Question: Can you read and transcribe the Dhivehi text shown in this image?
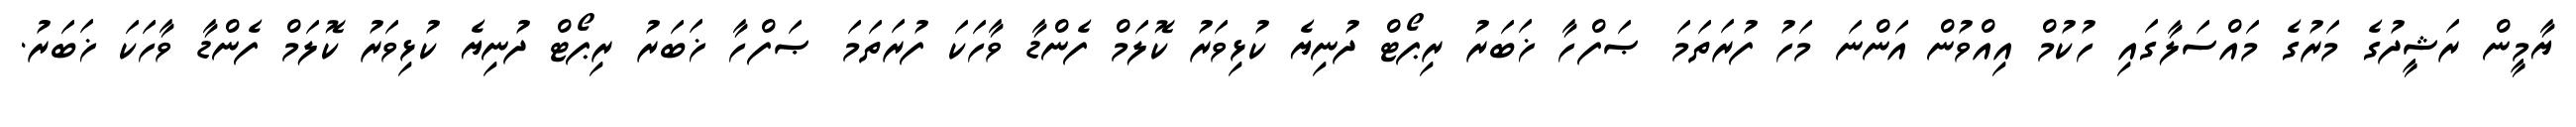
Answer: ޔާމީން ރަޝީދުގެ މަރުގެ މައްސަލާގައި ހުކުމް އިއްވުން އަންނަ މަހު ފުރަތަމަ ޞަފްހާ ޚަބަރު ރިޕޯޓް ދުނިޔެ ކުޅިވަރު ކޮލަމް ފެންޑާ ވާހަކަ ފުރަތަމަ ޞަފްހާ ޚަބަރު ރިޕޯޓް ދުނިޔެ ކުޅިވަރު ކޮލަމް ފެންޑާ ވާހަކަ ޚަބަރު.